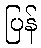
ပြန်